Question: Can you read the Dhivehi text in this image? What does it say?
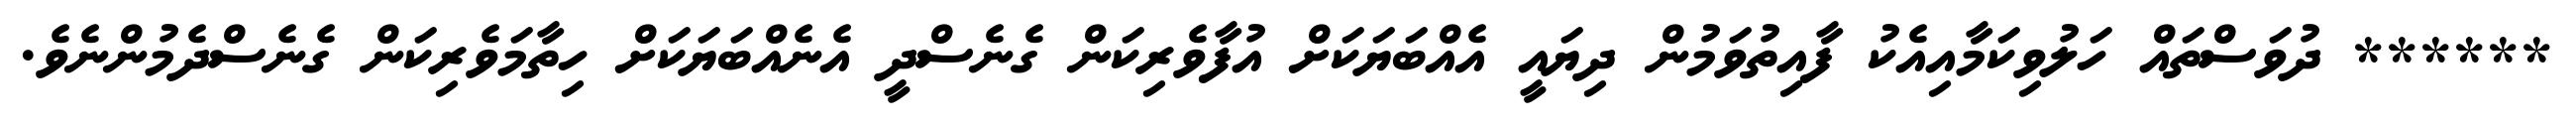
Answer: ****** ދުވަސްތައް ހަލުވިކަމާއިއެކު ފާއިތުވަމުން ދިޔައީ އެއްބަޔަކަށް އުފާވެރިކަން ގެނެސްދީ އެނެއްބަޔަކަށް ހިތާމަވެރިކަން ގެނެސްދެމުންނެވެ.